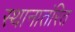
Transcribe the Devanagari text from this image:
स्थानातंरित